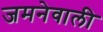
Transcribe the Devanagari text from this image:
जमनेवाली